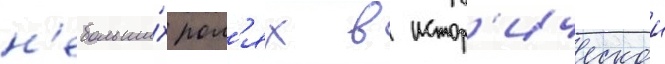
н'ебольши́х рол'ях в истор'ическои